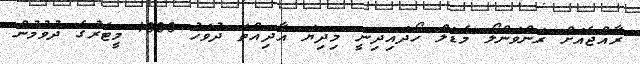
ރާއްޖެއަށް ރަންވަންލޯ މެޑަލް ހޯދައިދިނީ މިދިޔަ އާދިއްތަ ދުވަހު 1000 މީޓަރުގެ ދުވުމުން